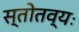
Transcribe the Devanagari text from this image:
स्तोतव्यः